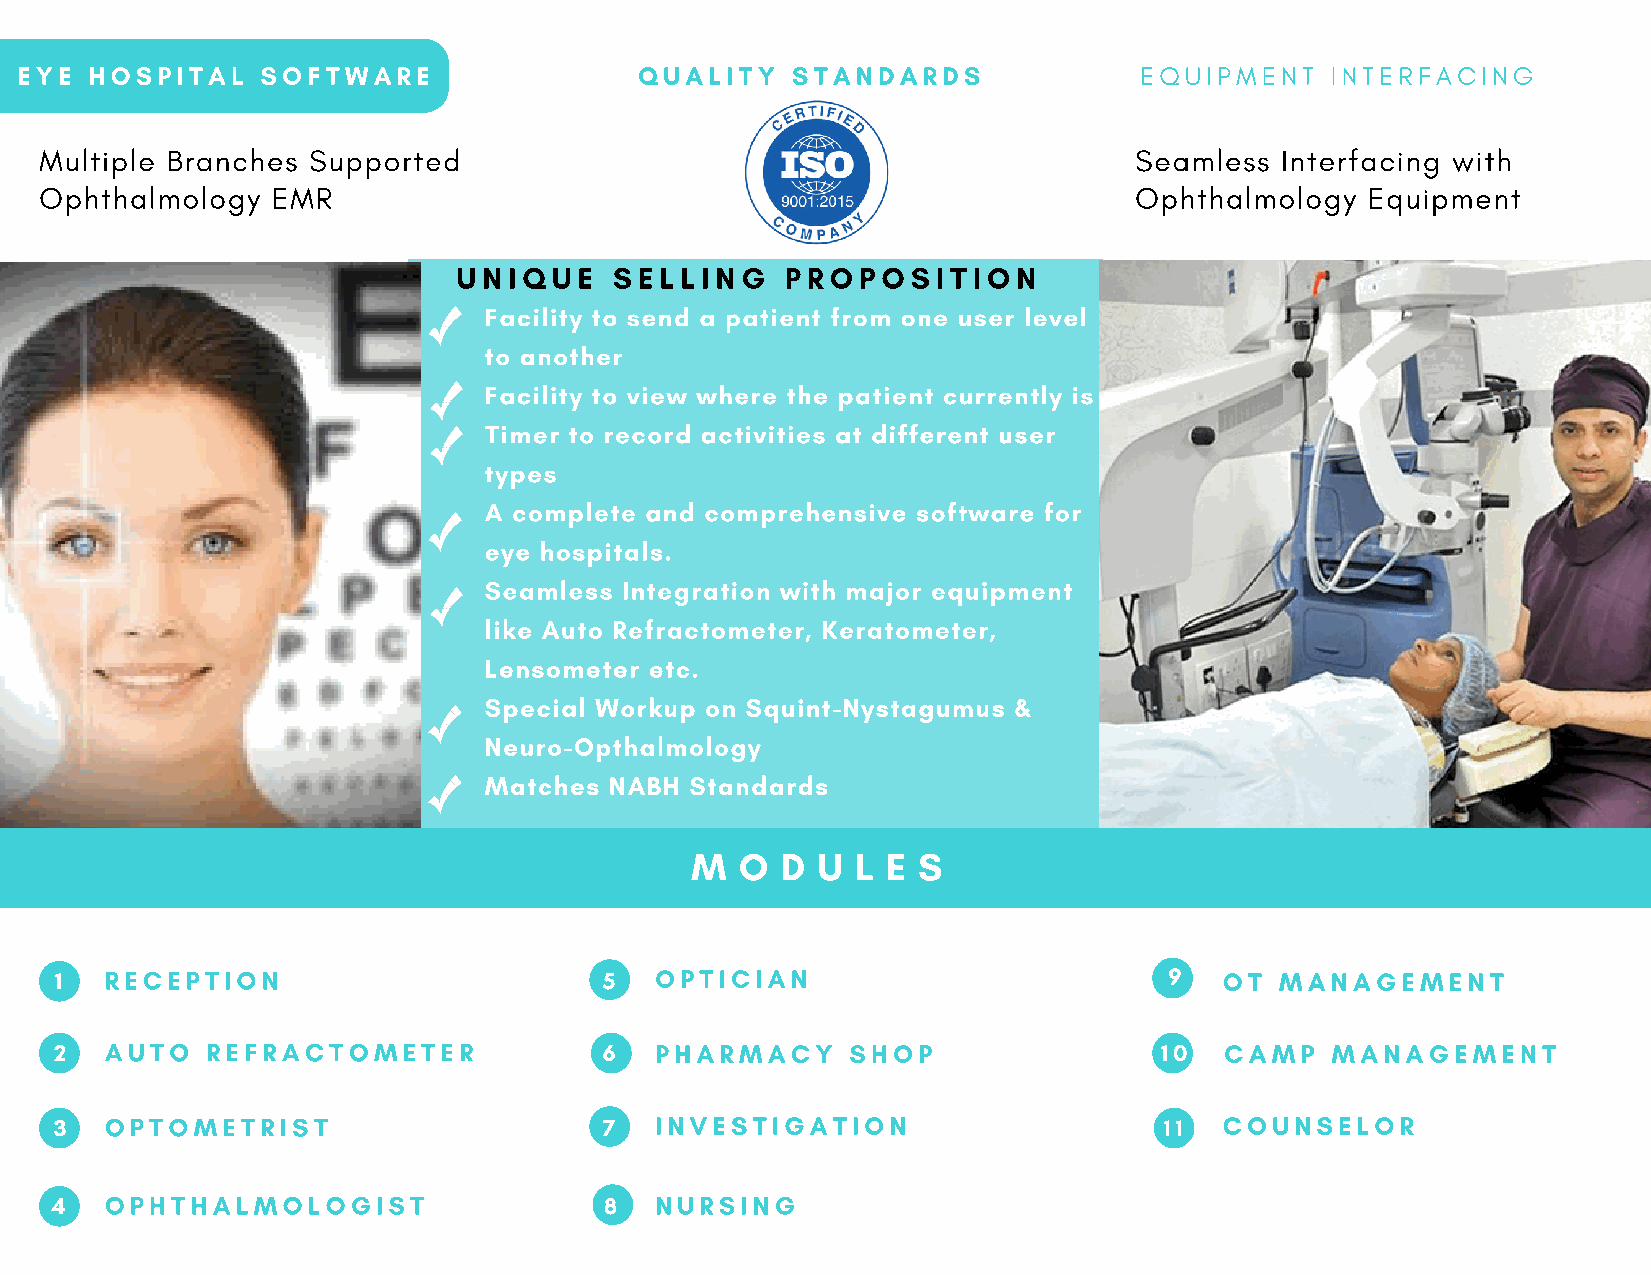
EYE  HOSPITAL   SOFTWARE                 QUALITY   STANDARDS              EQUIPMENT    INTERFACING
 Multiple Branches Supported                                             Seamless  Interfacing with
 Ophthalmology  EMR                                                      Ophthalmology  Equipment
 UNIQUE     SELLING    PROPOSITION
 Facility to send a patient from one user level
 to another
 Facility to view where the patient currently is
 Timer to record activities at different user
 types
 A complete and comprehensive software for
 eye hospitals.
 Seamless Integration with major equipment
 like Auto Refractometer, Keratometer,
 Lensometer etc.
 Special Workup on Squint-Nystagumus &
 Neuro-Opthalmology
 Matches NABH  Standards
 M  O  D U  L E S
 1  RECEPTION                        5  OPTICIAN                          9   OT  MANAGEMENT
 2  AUTO   REFRACTOMETER             6  PHARMACY     SHOP                 10  CAMP   MANAGEMENT
 3  OPTOMETRIST                      7  INVESTIGATION                     11  COUNSELOR
 4   OPHTHALMOLOGIST                  8  NURSING